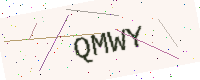
Text: QMWY